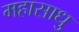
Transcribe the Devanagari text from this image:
महासाधु